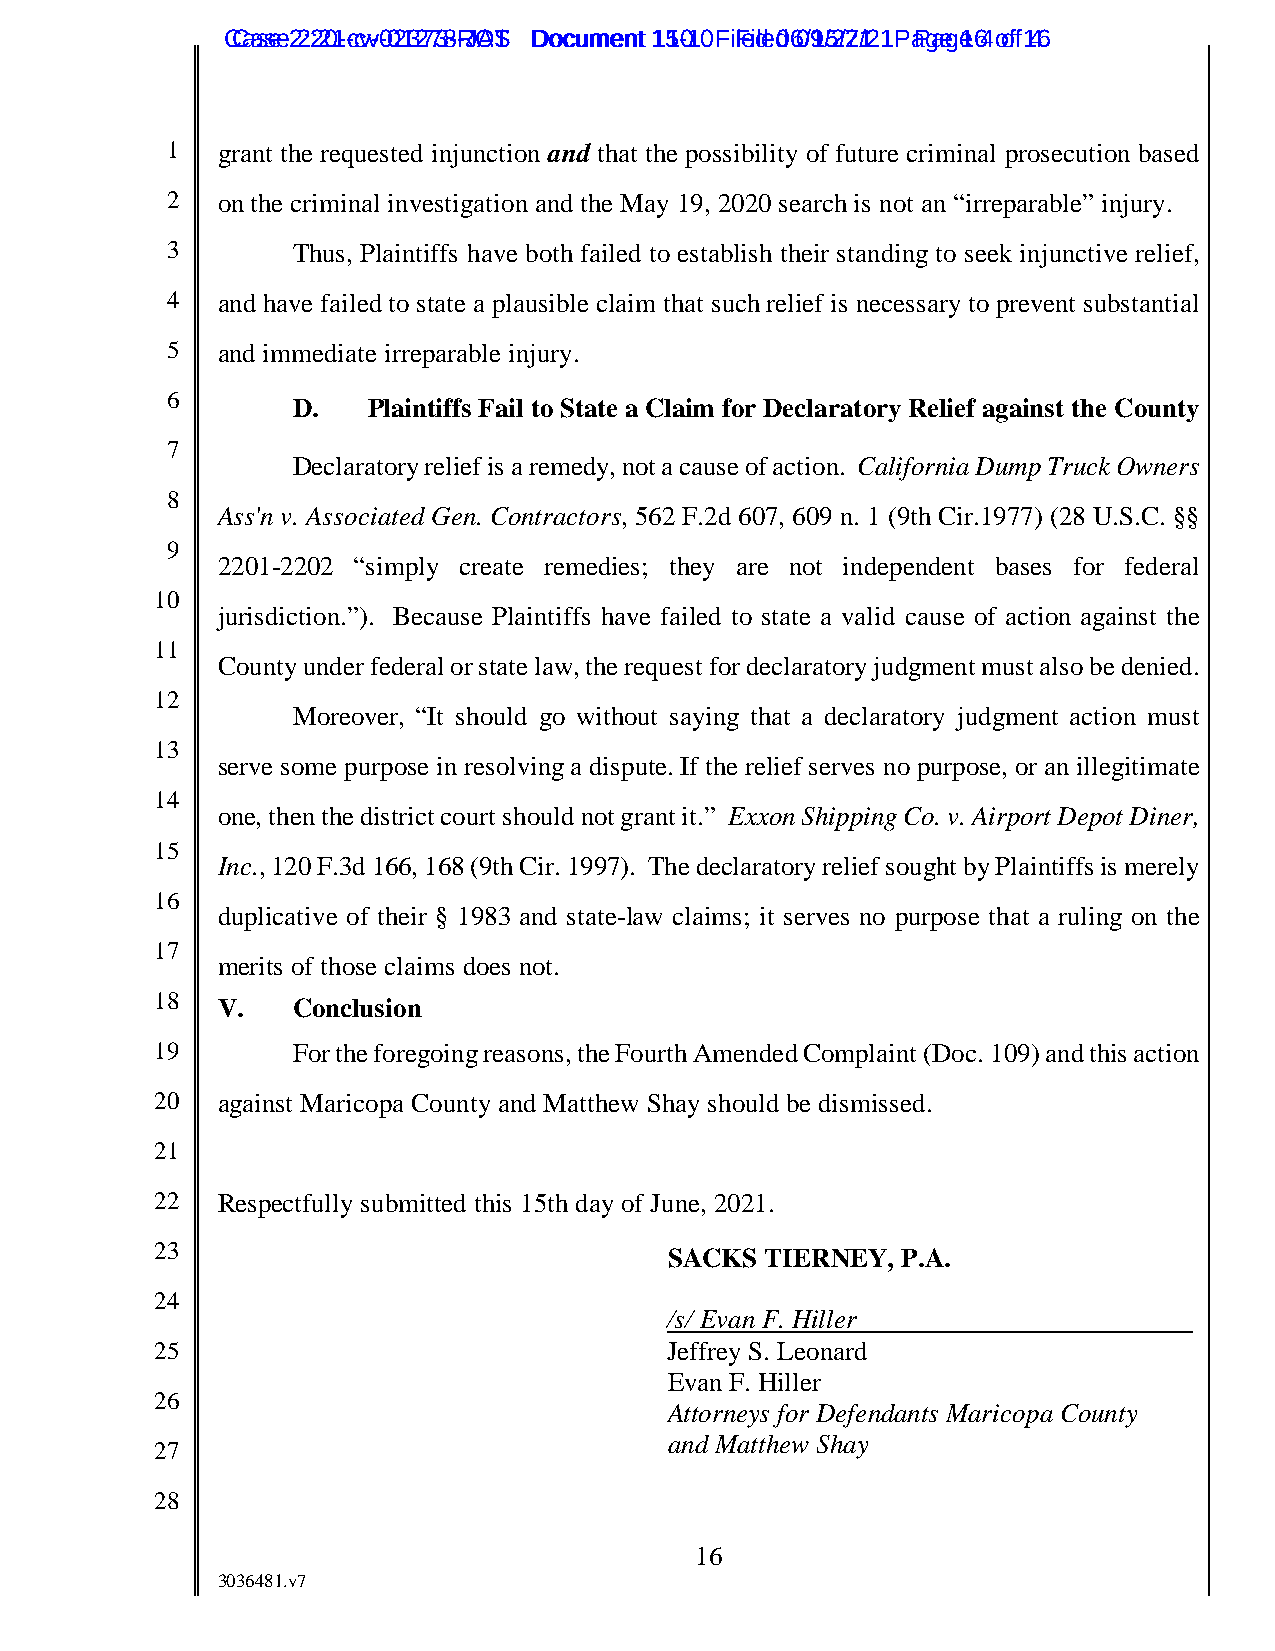
CCaassee 2 2:2:201--ccvv--0021327738--RJOATS DDooccuummeenntt 1151-01 0 F iFleidle d0 60/91/52/72/12 1 P aPgaeg e1 64 ooff 146
 1  grant the requested injunction and that the possibility of future criminal prosecution based
 2  on the criminal investigation and the May 19, 2020 search is not an “irreparable” injury.
 3       Thus, Plaintiffs have both failed to establish their standing to seek injunctive relief,
 4  and have failed to state a plausible claim that such relief is necessary to prevent substantial
 5  and immediate irreparable injury.
 6
 D.   Plaintiffs Fail to State a Claim for Declaratory Relief against the County
 7
 Declaratory relief is a remedy, not a cause of action. California Dump Truck Owners
 8
 Ass'n v. Associated Gen. Contractors, 562 F.2d 607, 609 n. 1 (9th Cir.1977) (28 U.S.C. §§
 9
 2201-2202 “simply create remedies; they are not independent bases for federal
 10
 jurisdiction.”). Because Plaintiffs have failed to state a valid cause of action against the
 11
 County under federal or state law, the request for declaratory judgment must also be denied.
 12
 Moreover, “It should go without saying that a declaratory judgment action must
 13
 serve some purpose in resolving a dispute. If the relief serves no purpose, or an illegitimate
 14
 one, then the district court should not grant it.” Exxon Shipping Co. v. Airport Depot Diner,
 15
 Inc., 120 F.3d 166, 168 (9th Cir. 1997). The declaratory relief sought by Plaintiffs is merely
 16
 duplicative of their § 1983 and state-law claims; it serves no purpose that a ruling on the
 17
 merits of those claims does not.
 18
 V.   Conclusion
 19       For the foregoing reasons, the Fourth Amended Complaint (Doc. 109) and this action
 20  against Maricopa County and Matthew Shay should be dismissed.
 21
 22  Respectfully submitted this 15th day of June, 2021.
 23
 SACKS  TIERNEY, P.A.
 24
 /s/ Evan F. Hiller
 25                                Jeffrey S. Leonard
 Evan F. Hiller
 26
 Attorneys for Defendants Maricopa County
 and Matthew Shay
 27
 28
 16
 3036481.v7